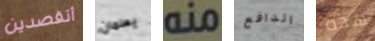
أتقصدين يعلمان منه الدافع هذه